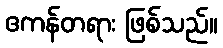
ဧကန်တရား ဖြစ်သည်။